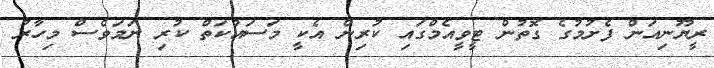
ރީޔޫނިއަން ފެށުމުގެ ގޮތުން ޓީވީއެމްގައި ކުރިން އެކީ މަސައްކަތް ކުރި ނަމަވެސް މިހާރު